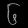
Digit: ၆